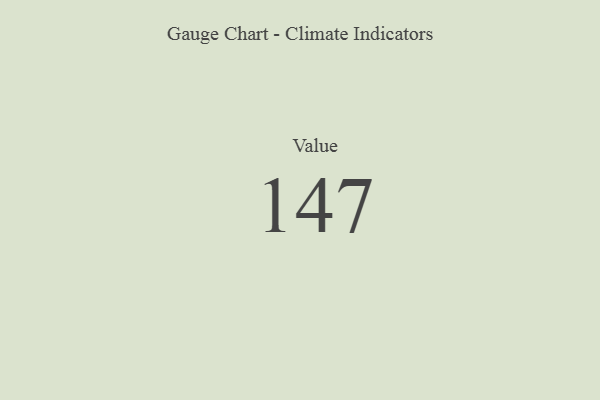
{"axis": {"x": "Metric", "y": "Value"}, "legend": [""], "data": [{"x": "Value", "y": 147, "type": ""}]}